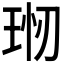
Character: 𤥊